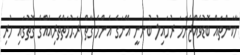
މާކަންތައް ބޮޑުވެއްޖެނަމަ ރުހައިލު ބުނަނީ އޭނަގެ އެންމެ ގާތް ރަޙުމަތްތެރިއެއްގެ ގޮތުގައި ހުރި